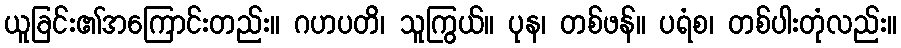
ယူခြင်း၏အကြောင်းတည်း။ ဂဟပတိ၊ သူကြွယ်။ ပုန၊ တစ်ဖန်။ ပရံစ၊ တစ်ပါးတုံလည်း။